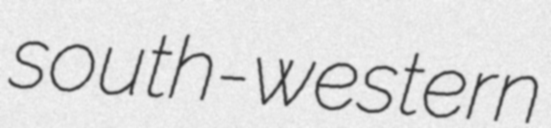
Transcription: south-western